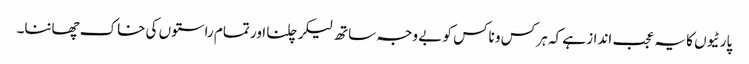
پارٹیوں کا یہ عجب انداز ہے کہ ہر کس و ناکس کو بے وجہ ساتھ لیکر چلنا اور تمام راستوں کی خاک چھاننا۔